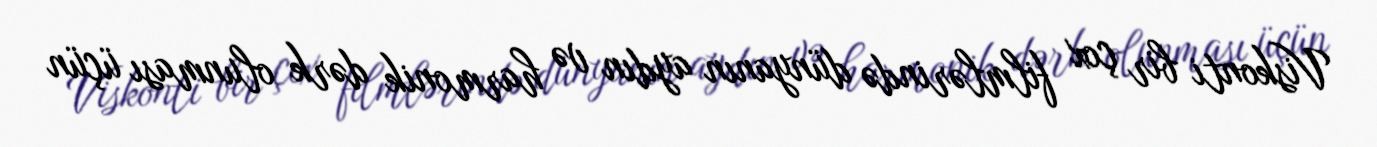
Viskonti bir çox filmlərində dünyanın aydın və harmonik dərk olunması üçün